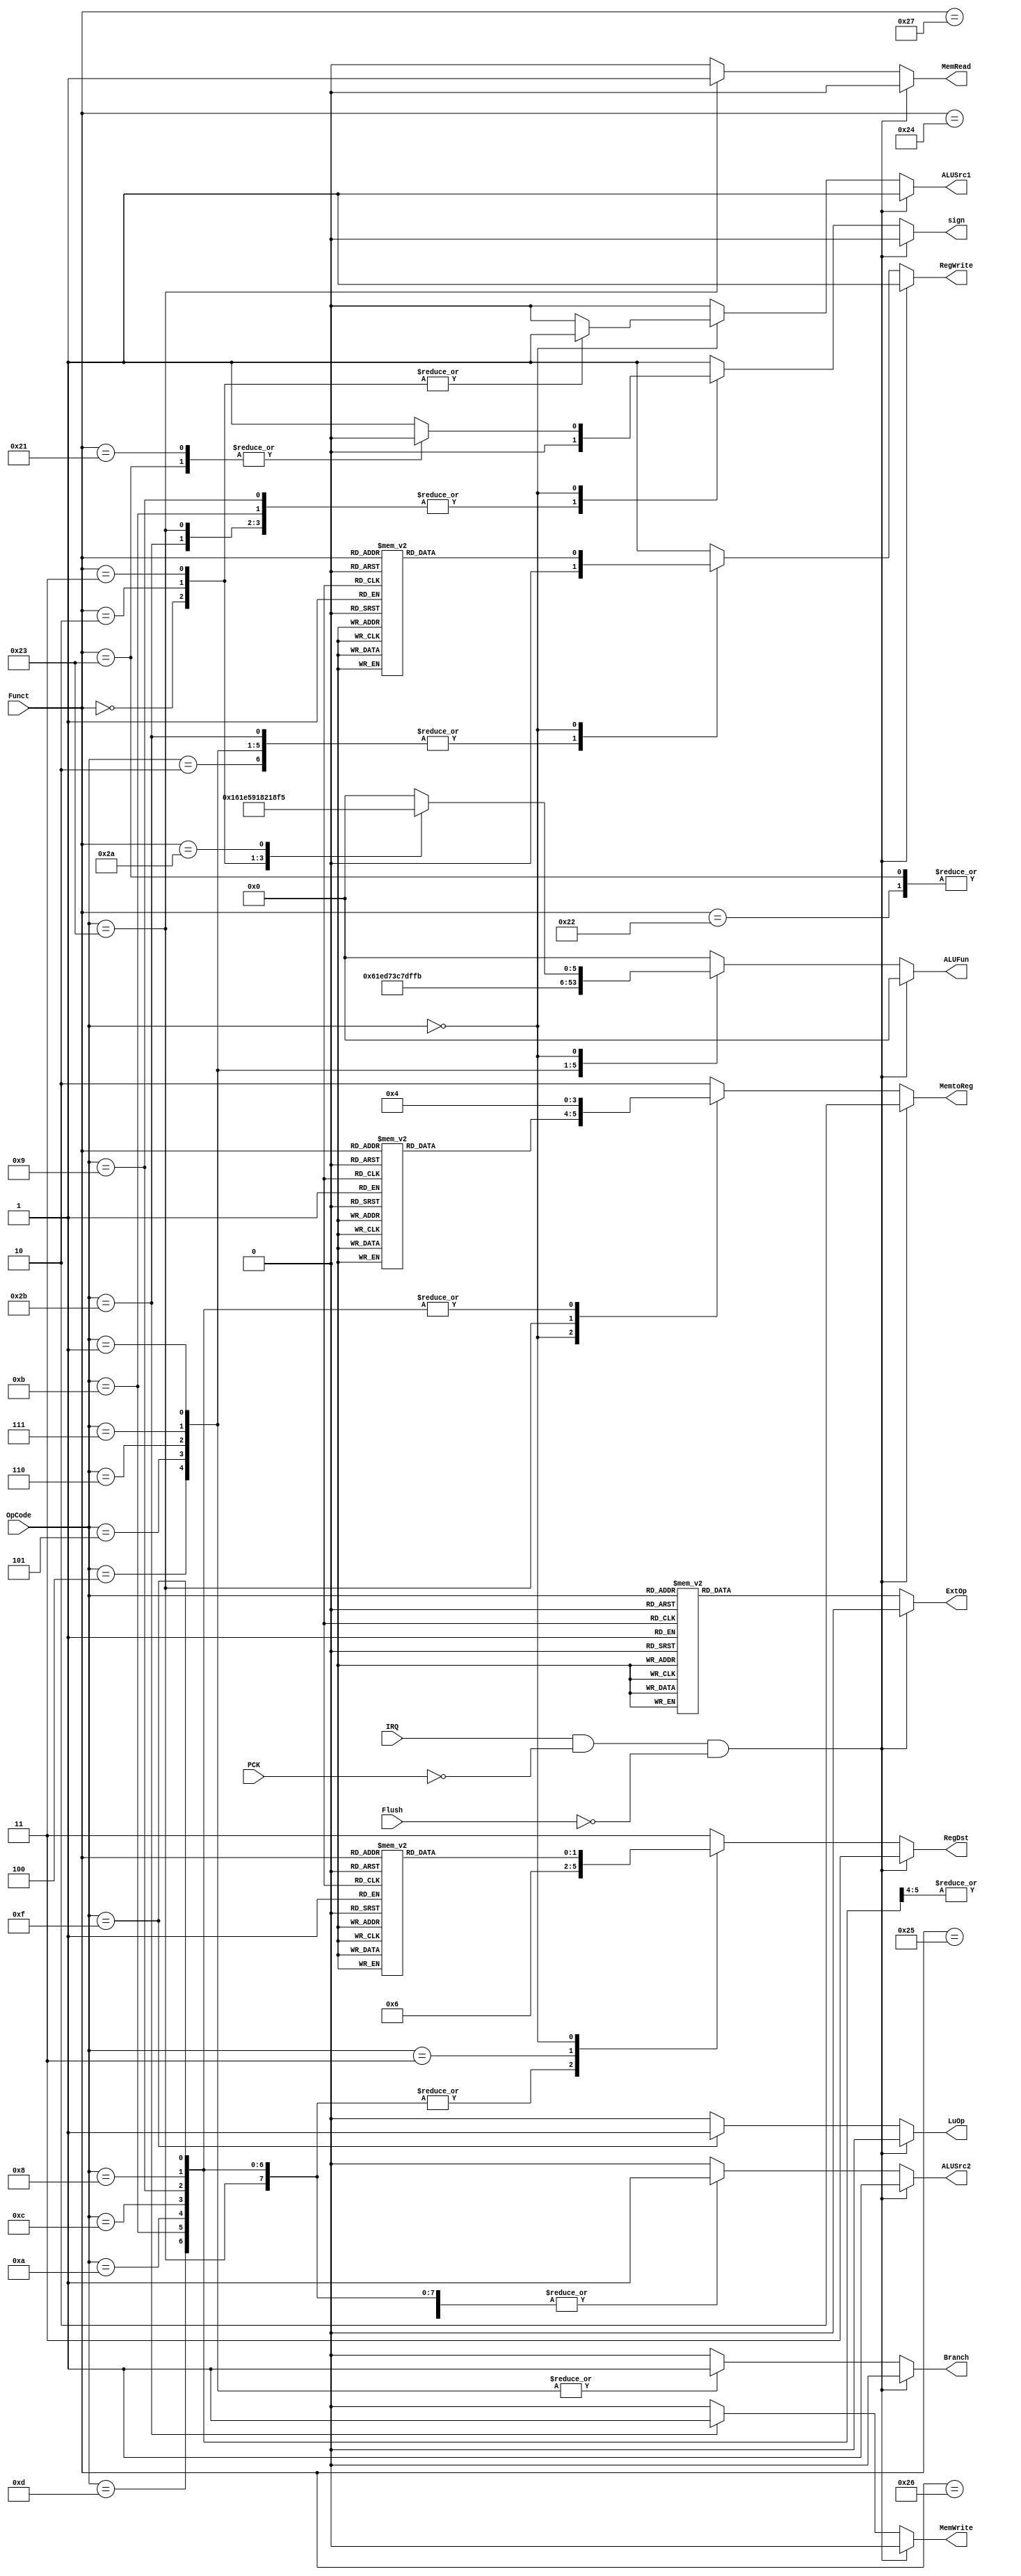

module Control(Flush,PCK,IRQ,OpCode,Funct,RegWrite,RegDst,
				MemRead,MemWrite,MemtoReg,ALUSrc1, ALUSrc2, 
				ExtOp, LuOp,ALUFun,sign,Branch);

	input				PCK,IRQ,Flush;
	input		[5:0]	OpCode,Funct;
	output	reg [1:0]	RegDst;
	output	reg 		RegWrite;
	output	reg 		ALUSrc1;
	output	reg 		ALUSrc2;
	output	reg [5:0]	ALUFun;
	output	reg 		sign;
	output	reg 		MemWrite;
	output	reg 		MemRead;
	output	reg [1:0]	MemtoReg;
	output	reg 		ExtOp;
	output	reg 		LuOp;
	output 	reg  		Branch;

	parameter	Add = 6'd0;
	parameter	Sub = 6'd1;
	parameter	And = 6'b011000;
	parameter	Or 	= 6'b011110;
	parameter	Xor = 6'b010110;
	parameter	Nor = 6'b010001;
	parameter	A 	= 6'b011010;
	parameter	Sll = 6'b100000;
	parameter	Srl = 6'b100001;
	parameter	Sra = 6'b100011;
	parameter	Eq	= 6'b110011;
	parameter	Neq	= 6'b110001;
	parameter	Lt	= 6'b110101;
	parameter	Lez = 6'b111101;
	parameter	Ltz = 6'b111011;
	parameter	Gtz = 6'b111111;

	always @(*) 
	begin 
		if(IRQ && ~PCK && ~Flush) begin
			RegDst = 2'b11;
		end
		else
		begin
			case (OpCode)
				6'h23,6'h0f,6'h08,6'h09,6'h0c,6'h0a,6'h0b,6'h0d:
					RegDst = 2'b01;
				6'h03:
					RegDst = 2'b10;
				6'h00:
				begin
					case (Funct)
						6'h20,6'h21,6'h22,6'h23,6'h24,6'h25,6'h26,6'h27,6'h00,6'h02,6'h03,6'h2a,6'h09:
							RegDst = 2'b00;
						default : 
							RegDst = 2'b11;
					endcase
				end
				default : 
					RegDst = 2'b11;
			endcase
		end

		if(IRQ && ~PCK && ~Flush) begin
			RegWrite = 1;
		end
		else
		begin
			case (OpCode)
				6'h2b,6'h02,6'h04,6'h05,6'h06,6'h07,6'h01:
					RegWrite = 0;
				6'h23,6'h0f,6'h08,6'h09,6'h0c,6'h0d,6'h0a,6'h0b,6'h03:
					RegWrite = 1;
				6'h00:
				begin
					case (Funct)
						6'h08:
							RegWrite = 0;
						6'h20,6'h21,6'h22,6'h23,6'h24,6'h25,6'h26,6'h27,6'h00,6'h02,6'h03,6'h2a,6'h09:
							RegWrite = 1;
						default : 
							RegWrite = 1;
					endcase
				end
				default : 
					RegWrite = 1;
			endcase
		end
		if(IRQ && ~PCK && ~Flush) begin
			ALUSrc1 = 1;
		end
		else
		begin
			case (OpCode)
				6'h00:
				begin 
					case (Funct)
						6'h00,6'h02,6'h03:
							ALUSrc1 = 1;
						default : 
							ALUSrc1 = 0;
					endcase
				end
				default :   ALUSrc1 = 0;
			endcase
		end

		if(IRQ && ~PCK && ~Flush) begin
			ALUSrc2 = 1;
		end
		else
		begin
			case (OpCode)
				6'h23,6'h2b,6'h0f,6'h08,6'h09,6'h0c,6'h0d,6'h0a,6'h0b:
					ALUSrc2 = 1;
				default : ALUSrc2 = 0;
			endcase
		end

		if(IRQ && ~PCK && ~Flush) begin
			ALUFun = 5'd0;
		end
		else
		begin
			case (OpCode)
				6'h23,6'h2b,6'h0f,6'h08,6'h09:
					ALUFun = Add;
				6'h0c:
					ALUFun = And;
				6'h0d:
					ALUFun = Or;
				6'h0a,6'h0b:
					ALUFun = Lt;
				6'h04:
					ALUFun = Eq;
				6'h05:
					ALUFun = Neq;
				6'h06:
					ALUFun = Lez;
				6'h07:
					ALUFun = Gtz;
				6'h01:
					ALUFun = Ltz;
				6'h00:
				begin
					case (Funct)
						6'h20,6'h21:
							ALUFun = Add;
						6'h22,6'h23:
							ALUFun = Sub;
						6'h24:
							ALUFun = And;
						6'h25:
							ALUFun = Or;
						6'h26:
							ALUFun = Xor;
						6'h27:
							ALUFun = Nor;
						6'h00:
							ALUFun = Sll;
						6'h02:
							ALUFun = Srl;
						6'h03:
							ALUFun = Sra;
						6'h2a:
							ALUFun = Lt;
						default : 
							ALUFun = 5'd0;
					endcase
				end
				default :   ALUFun = 5'd0;
			endcase
		end
		if(IRQ && ~PCK && ~Flush) begin
			sign = 0;
		end
		else
		begin
			case (OpCode)
				6'h23,6'h2b,6'h09,6'h0b:
					sign = 0;
				6'h00:
				begin
					case (Funct)
						6'h21,6'h23:
							sign = 0;
						default : sign = 1;
					endcase
				end
				default : sign = 1;
			endcase
		end

		if(IRQ && ~PCK && ~Flush) begin
			MemWrite = 0;
		end
		else
		begin
			case (OpCode)
				6'h2b:
					MemWrite = 1;
				default : MemWrite = 0;
			endcase
		end

		if(IRQ && ~PCK && ~Flush) begin
			MemRead = 0;
		end
		else
		begin
			case (OpCode)
				6'h23:
					MemRead = 1;
				default : MemRead = 0;
			endcase
		end

		if(IRQ && ~PCK && ~Flush) begin
			MemtoReg = 2'b10;
		end
		else
		begin
			case (OpCode)
				6'h03:
					MemtoReg = 2'b10;
				6'h00:
				begin
					case (Funct)
						6'h09:
							MemtoReg = 2'b10;
						6'h20,6'h21,6'h22,6'h23,6'h24,6'h25,6'h26,6'h27,6'h00,6'h02,6'h03,6'h2a,6'h08:
							MemtoReg = 2'b00;
						default : MemtoReg = 2'b10;
					endcase
				end
				6'h23:
					MemtoReg = 2'b01;
				6'h0f,6'h08,6'h09,6'h0c,6'h0a,6'h0b,6'h0d:
					MemtoReg = 2'b00;
				default : MemtoReg = 2'b10;
			endcase
		end

		if(IRQ && ~PCK && ~Flush) begin
			ExtOp = 0;
		end
		else
		begin
			case (OpCode)
				6'h23,6'h2b,6'h08,6'h09,6'h0a,6'h0b,6'h04,6'h05,6'h06,6'h07,6'h01:
					ExtOp = 1;
				6'h0c,6'h0d:
					ExtOp = 0;
				default : ExtOp = 0;
			endcase
		end

		if(IRQ && ~PCK && ~Flush) begin
			LuOp = 0;
		end
		else
		begin
			case (OpCode)
				6'h0f:
					LuOp = 1;
				default : LuOp = 0;
			endcase
		end

		if(IRQ && ~PCK && ~Flush) begin
			Branch = 0;
		end
		else
		begin
			case (OpCode)
				6'h04,6'h05,6'h06,6'h07,6'h01:
					Branch = 1;
				default : Branch = 0;
			endcase
		end
	end
	
endmodule